Scottish Certificate of Education, 1963
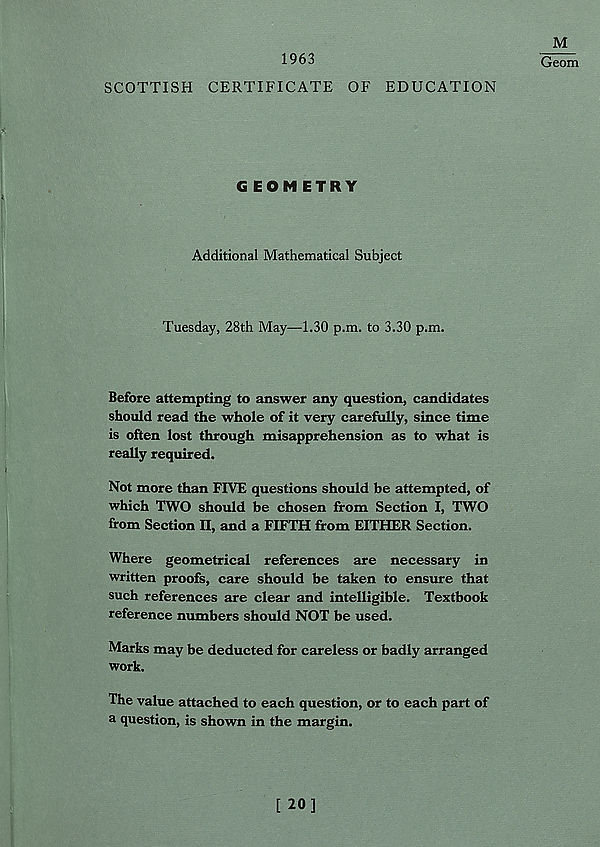
1963
SCOTTISH CERTIFICATE OF EDUCATION
M
Geom
GEOMETRY
Additional Mathematical Subject
Tuesday, 28th May—1.30 p.m. to 3.30 p.m.
Before attempting to answer any question, candidates
should read the whole of it very carefully, since time
is often lost through misapprehension as to what is
really required.
Not more than FIVE questions should be attempted, of
which TWO should be chosen from Section I, TWO
from Section II, and a FIFTH from EITHER Section.
Where geometrical references are necessary in
written proofs, care should be taken to ensure that
such references are clear and intelligible. Textbook
reference numbers should NOT be used.
Marks may be deducted for careless or badly arranged
work.
The value attached to each question, or to each part of
a question, is shown in the margin.
[ 20]